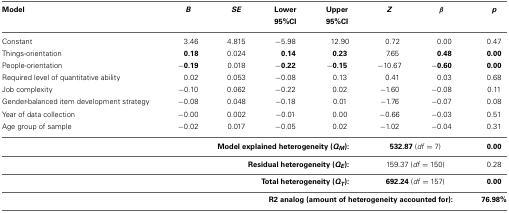
<table><thead><tr><td><b>Model</b></td><td><b><i>B</i></b></td><td><b><i>SE</i></b></td><td><b>Lower 95%CI</b></td><td><b>Upper 95%CI</b></td><td><b><i>Z</i></b></td><td><b><i>β</i></b></td><td><b><i>p</i></b></td></tr></thead><tbody><tr><td>Constant</td><td>3.46</td><td>4.815</td><td>−5.98</td><td>12.90</td><td>0.72</td><td>0.00</td><td>0.47</td></tr><tr><td>Things-orientation</td><td><b>0.18</b></td><td>0.024</td><td><b>0.14</b></td><td><b>0.23</b></td><td>7.65</td><td><b>0.48</b></td><td><b>0.00</b></td></tr><tr><td>People-orientation</td><td><b>−0.19</b></td><td>0.018</td><td><b>−0.22</b></td><td><b>−0.15</b></td><td>−10.67</td><td>−<b>0.60</b></td><td><b>0.00</b></td></tr><tr><td>Required level of quantitative ability</td><td>0.02</td><td>0.053</td><td>−0.08</td><td>0.13</td><td>0.41</td><td>0.03</td><td>0.68</td></tr><tr><td>Job complexity</td><td>−0.10</td><td>0.062</td><td>−0.22</td><td>0.02</td><td>−1.60</td><td>−0.08</td><td>0.11</td></tr><tr><td>Gender-balanced item development strategy</td><td>−0.08</td><td>0.048</td><td>−0.18</td><td>0.01</td><td>−1.76</td><td>−0.07</td><td>0.08</td></tr><tr><td>Year of data collection</td><td>−0.00</td><td>0.002</td><td>−0.01</td><td>0.00</td><td>−0.66</td><td>−0.03</td><td>0.51</td></tr><tr><td>Age group of sample</td><td>−0.02</td><td>0.017</td><td>−0.05</td><td>0.02</td><td>−1.02</td><td>−0.04</td><td>0.31</td></tr><tr><td colspan="5"><b>Model explained heterogeneity (<i>Q<sub>M</sub></i>):</b></td><td colspan="2"><b>532.87</b> (<i>df</i> = 7)</td><td><b>0.00</b></td></tr><tr><td colspan="5"><b>Residual heterogeneity (<i>Q<sub>E</sub></i>):</b></td><td colspan="2">159.37 (<i>df</i> = 150)</td><td>0.28</td></tr><tr><td colspan="5"><b>Total heterogeneity (<i>Q<sub>T</sub></i>):</b></td><td colspan="2"><b>692.24</b> (<i>df</i> = 157)</td><td><b>0.00</b></td></tr><tr><td colspan="7"><b>R2 analog (amount of heterogeneity accounted for):</b></td><td><b>76.98%</b></td></tr></tbody></table>